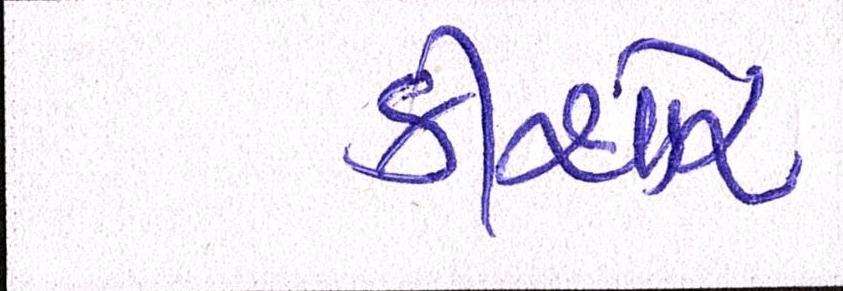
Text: કીશોર